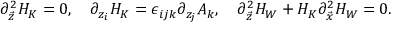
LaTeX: \partial _ { \vec { z } } ^ { 2 } H _ { K } = 0 , \ \ \ \partial _ { z _ { i } } H _ { K } = \epsilon _ { i j k } \partial _ { z _ { j } } A _ { k } , \ \ \ \partial _ { \vec { z } } ^ { 2 } H _ { W } + H _ { K } \partial _ { \vec { x } } ^ { 2 } H _ { W } = 0 .